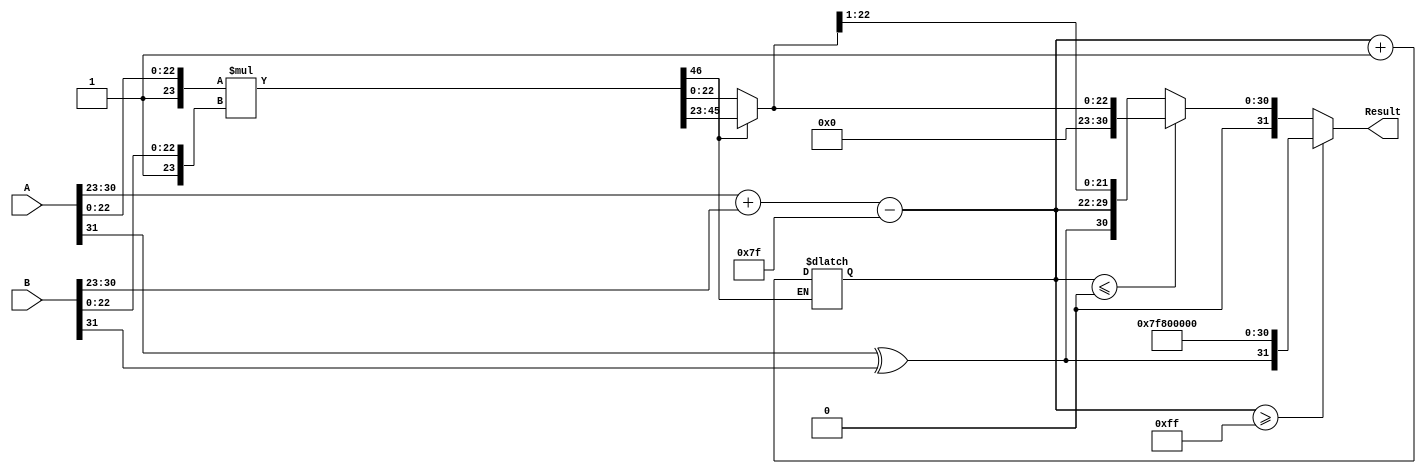
module Radix2FloatingPointMultiplier #(
    parameter E = 8, // Number of exponent bits
    parameter M = 23 // Number of fraction bits
) (
    input wire [(E + M):0] A, // Input A (1 sign bit, E exponent bits, M mantissa bits)
    input wire [(E + M):0] B, // Input B
    output reg [(E + M):0] Result // Output Result
);

    // Constants
    localparam BIAS = (1 << (E - 1)) - 1; // Bias for exponent

    // Intermediate signals
    wire sign_A, sign_B, sign_result;
    wire [E-1:0] exp_A, exp_B, exp_result;
    wire [M:0] mant_A, mant_B, mant_result; // M bits + implicit leading 1
    wire [2*M:0] mant_product; // For multiplication

    // Unpack inputs
    assign sign_A = A[(E + M)];
    assign exp_A = A[(E + M - 1):(M)];
    assign mant_A = {1'b1, A[(M - 1):0]}; // Implicit leading 1

    assign sign_B = B[(E + M)];
    assign exp_B = B[(E + M - 1):(M)];
    assign mant_B = {1'b1, B[(M - 1):0]}; // Implicit leading 1

    // Sign calculation
    assign sign_result = sign_A ^ sign_B;

    // Exponent calculation
    assign exp_result = exp_A + exp_B - BIAS;

    // Mantissa multiplication
    assign mant_product = mant_A * mant_B;

    // Normalization
    always @(*) begin
        if (mant_product[2*M] == 1'b1) begin
            // If overflow, shift right
            mant_result = mant_product[2*M-1:M]; // Keep M bits
            exp_result = exp_result + 1; // Adjust exponent
        end else begin
            // No overflow
            mant_result = mant_product[M-1:0]; // Keep M bits
        end
    end

    // Handle exponent overflow/underflow
    always @(*) begin
        if (exp_result >= (1 << E) - 1) begin
            // Set to max value
            Result = {sign_result, {(E){1'b1}}, {M{1'b0}}};
        end else if (exp_result <= 0) begin
            // Set to minimum value (denormalized form)
            Result = {sign_result, 0, mant_result[M-1:0]};
        end else begin
            // Normal case
            Result = {sign_result, exp_result, mant_result[M-1:1]}; // Drop the implicit bit
        end
    end

endmodule